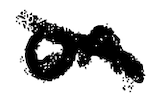
Text: on
Cross-out: cross
Writing tool: digital_black